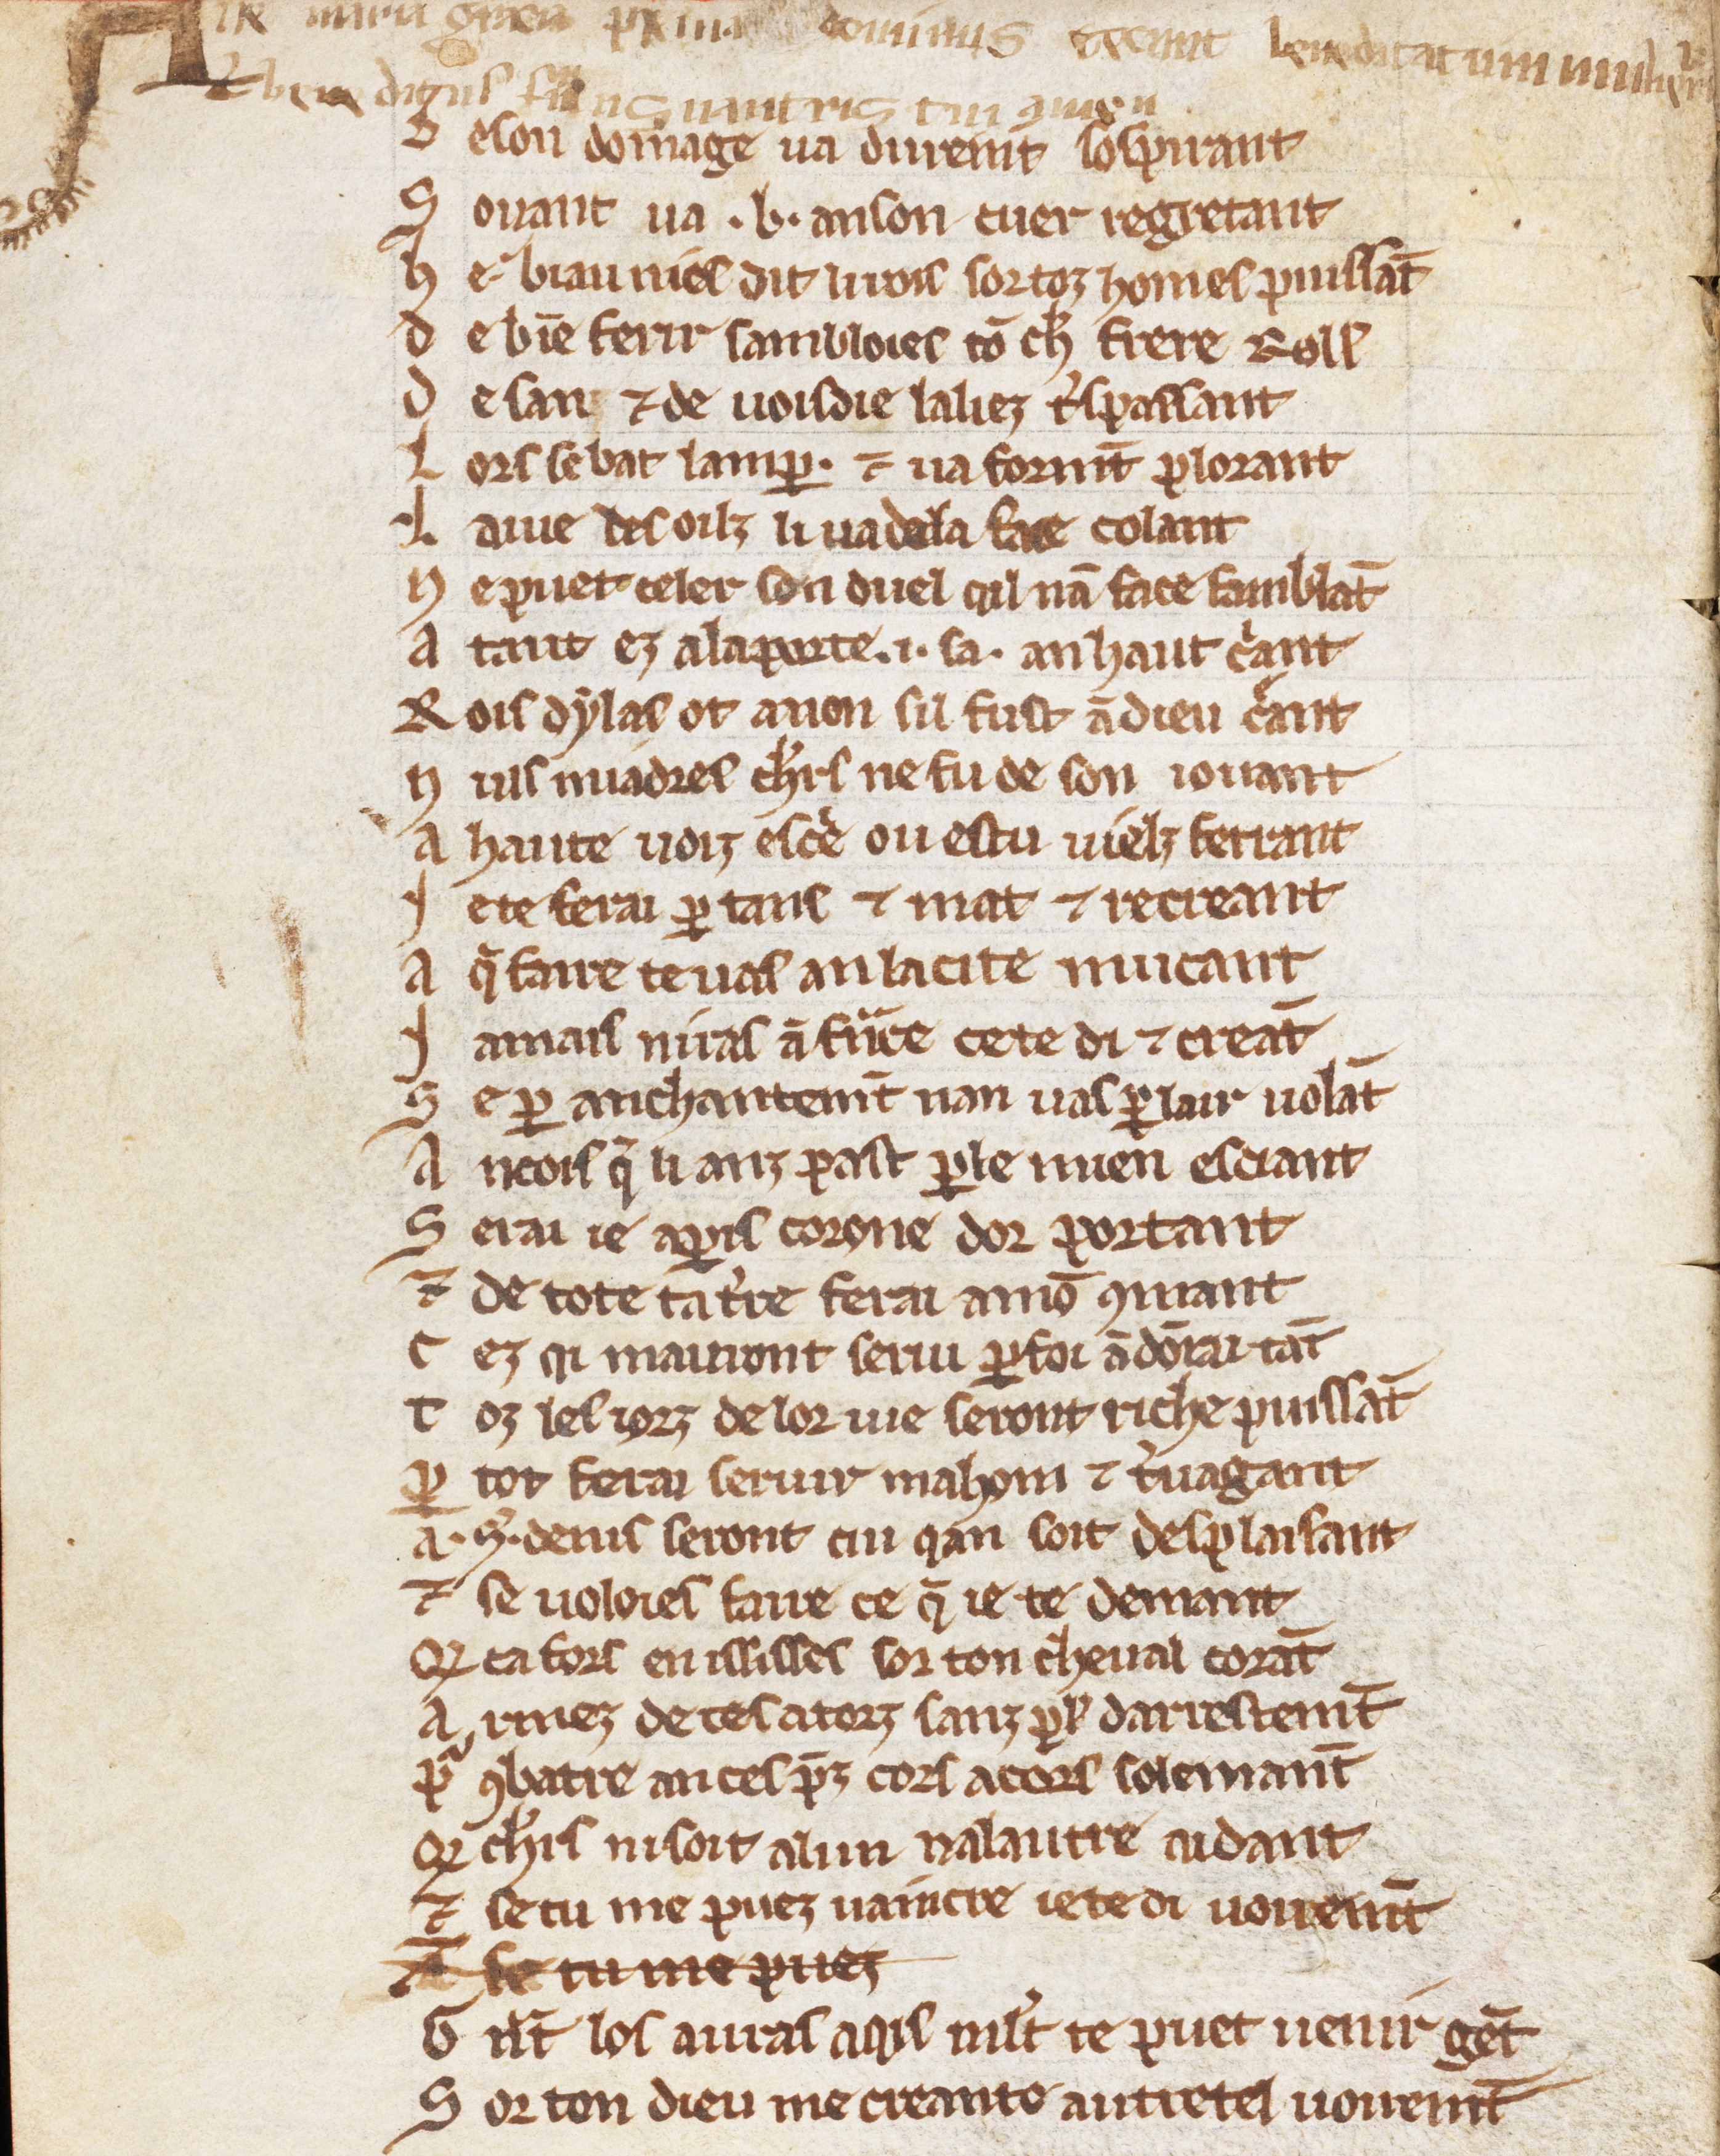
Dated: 1270–1299